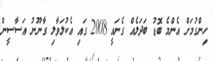
ހިންގުމަށް އެންމެ ބޮޑު ބަދަލެއް ގެނައީ 2008 ގައި އެކުލަވާލި ގާނޫނު އަސާސީން